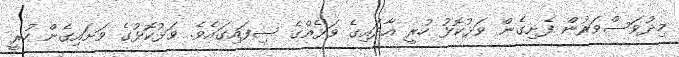
މިދުވަސްވަރުން ފެށިގެން ވަޅުކޮޅު ހުރީ އާދައިގެ ވަޅެއްގެ ސިފައިގައެވެ. ވަޅުކޮޅުގެ ވަށައިގެން ހުރީ